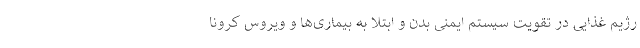
رژیم غذایی در تقویت سیستم ایمنی بدن و ابتلا به بیماری‌ها و ویروس کرونا